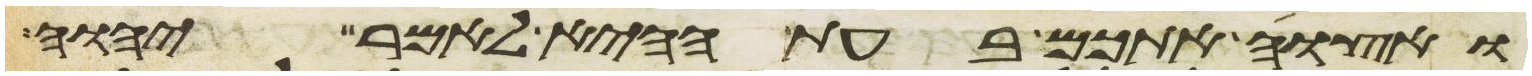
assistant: ואצוה אתכם בעת ההיא לאמר יהוה